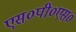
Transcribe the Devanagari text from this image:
एस०पी०एस०